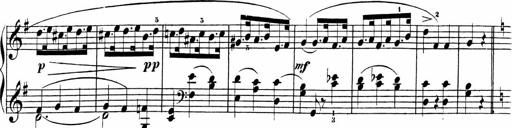
Title: Sonatinas
Composer: Andrew Violette